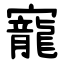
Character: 寵